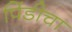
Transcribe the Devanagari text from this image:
पिंडीचा